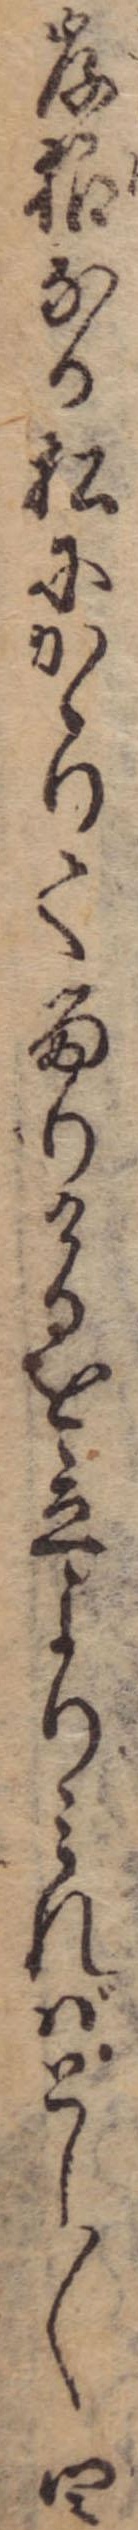
岸根なる松にかゝりて留りけるを立よりみればとし〱四